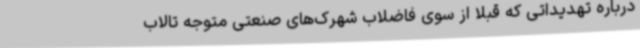
درباره تهدیداتی که قبلاً از سوی فاضلاب شهرک‌های صنعتی متوجه تالاب